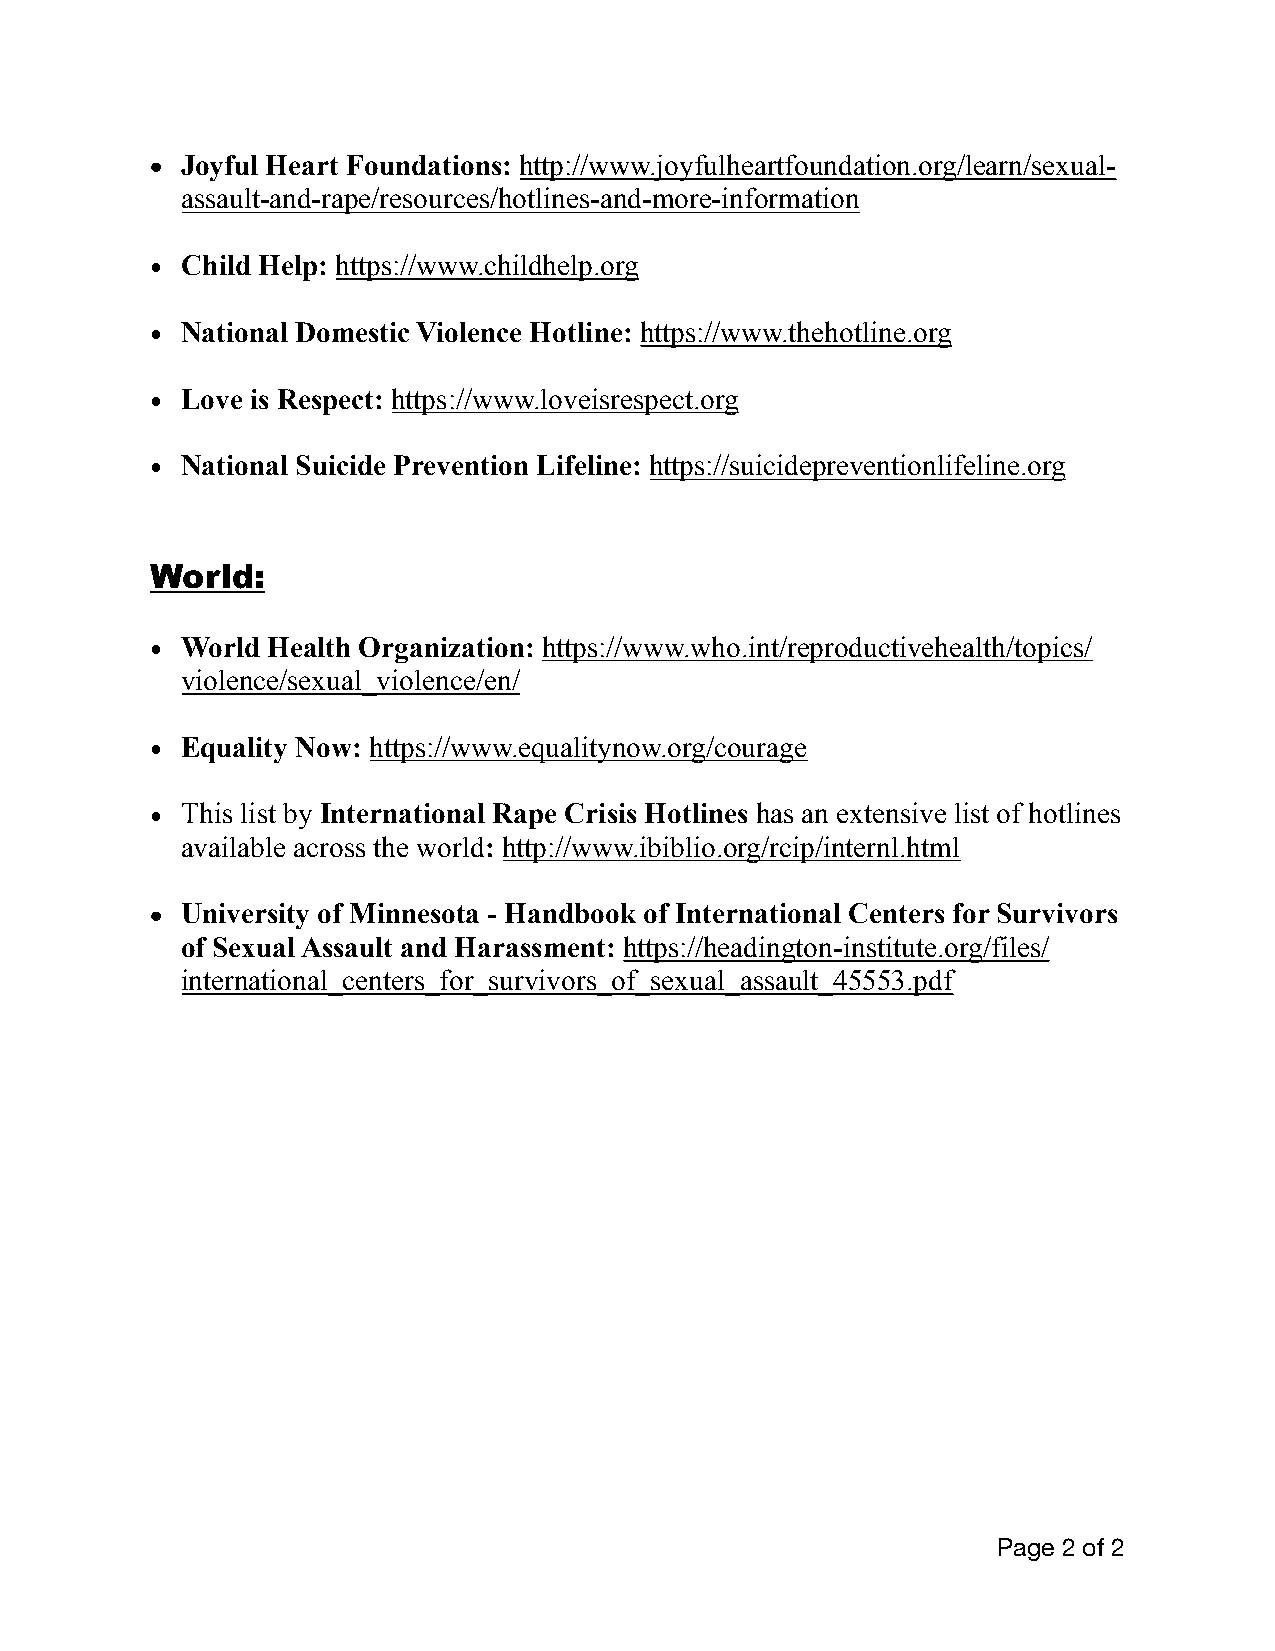
• Joyful Heart Foundations: http://www.joyfulheartfoundation.org/learn/sexual-
 assault-and-rape/resources/hotlines-and-more-information
 • Child Help: https://www.childhelp.org
 • National Domestic Violence Hotline: https://www.thehotline.org
 • Love is Respect: https://www.loveisrespect.org
 • National Suicide Prevention Lifeline: https://suicidepreventionlifeline.org
 World:
 • World Health Organization: https://www.who.int/reproductivehealth/topics/
 violence/sexual_violence/en/
 • Equality Now: https://www.equalitynow.org/courage
 • This list by International Rape Crisis Hotlines has an extensive list of hotlines
 available across the world: http://www.ibiblio.org/rcip/internl.html
 • University of Minnesota - Handbook of International Centers for Survivors
 of Sexual Assault and Harassment: https://headington-institute.org/files/
 international_centers_for_survivors_of_sexual_assault_45553.pdf
 Page 2 of 2